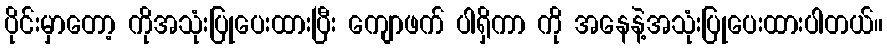
ပိုင်းမှာတော့ ကိုအသုံးပြုပေးထားပြီး ကျောဖက် ပါရှိကာ ကို အနေနဲ့အသုံးပြုပေးထားပါတယ်။